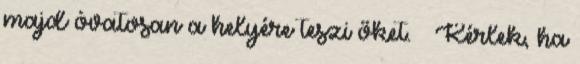
majd óvatosan a helyére teszi őket. – Kérlek, ha